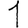
Digit: 1